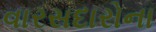
વારસદારોના